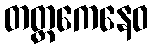
တတ္တကေနေဝ